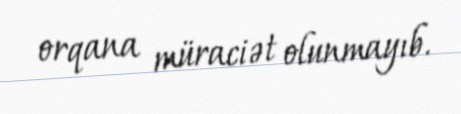
orqana müraciət olunmayıb.